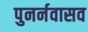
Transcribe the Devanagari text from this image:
पुनर्नवासव